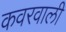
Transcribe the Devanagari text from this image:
कवरवाली